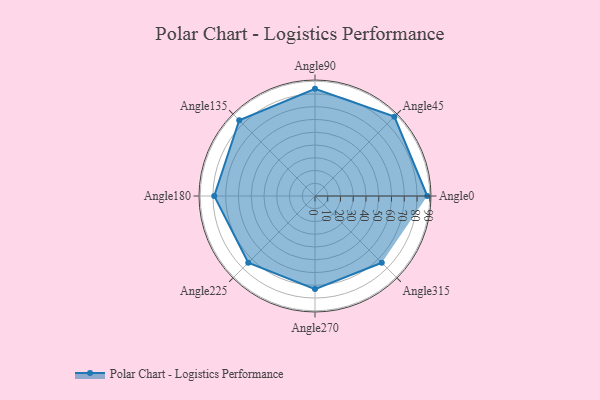
{"axis": {"x": "Angle", "y": "Radius"}, "legend": [""], "data": [{"x": "Angle0", "y": 88.0, "type": ""}, {"x": "Angle45", "y": 88.0, "type": ""}, {"x": "Angle90", "y": 84.0, "type": ""}, {"x": "Angle135", "y": 84.0, "type": ""}, {"x": "Angle180", "y": 79.0, "type": ""}, {"x": "Angle225", "y": 74.0, "type": ""}, {"x": "Angle270", "y": 73.0, "type": ""}, {"x": "Angle315", "y": 74.0, "type": ""}]}